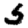
Digit: 5